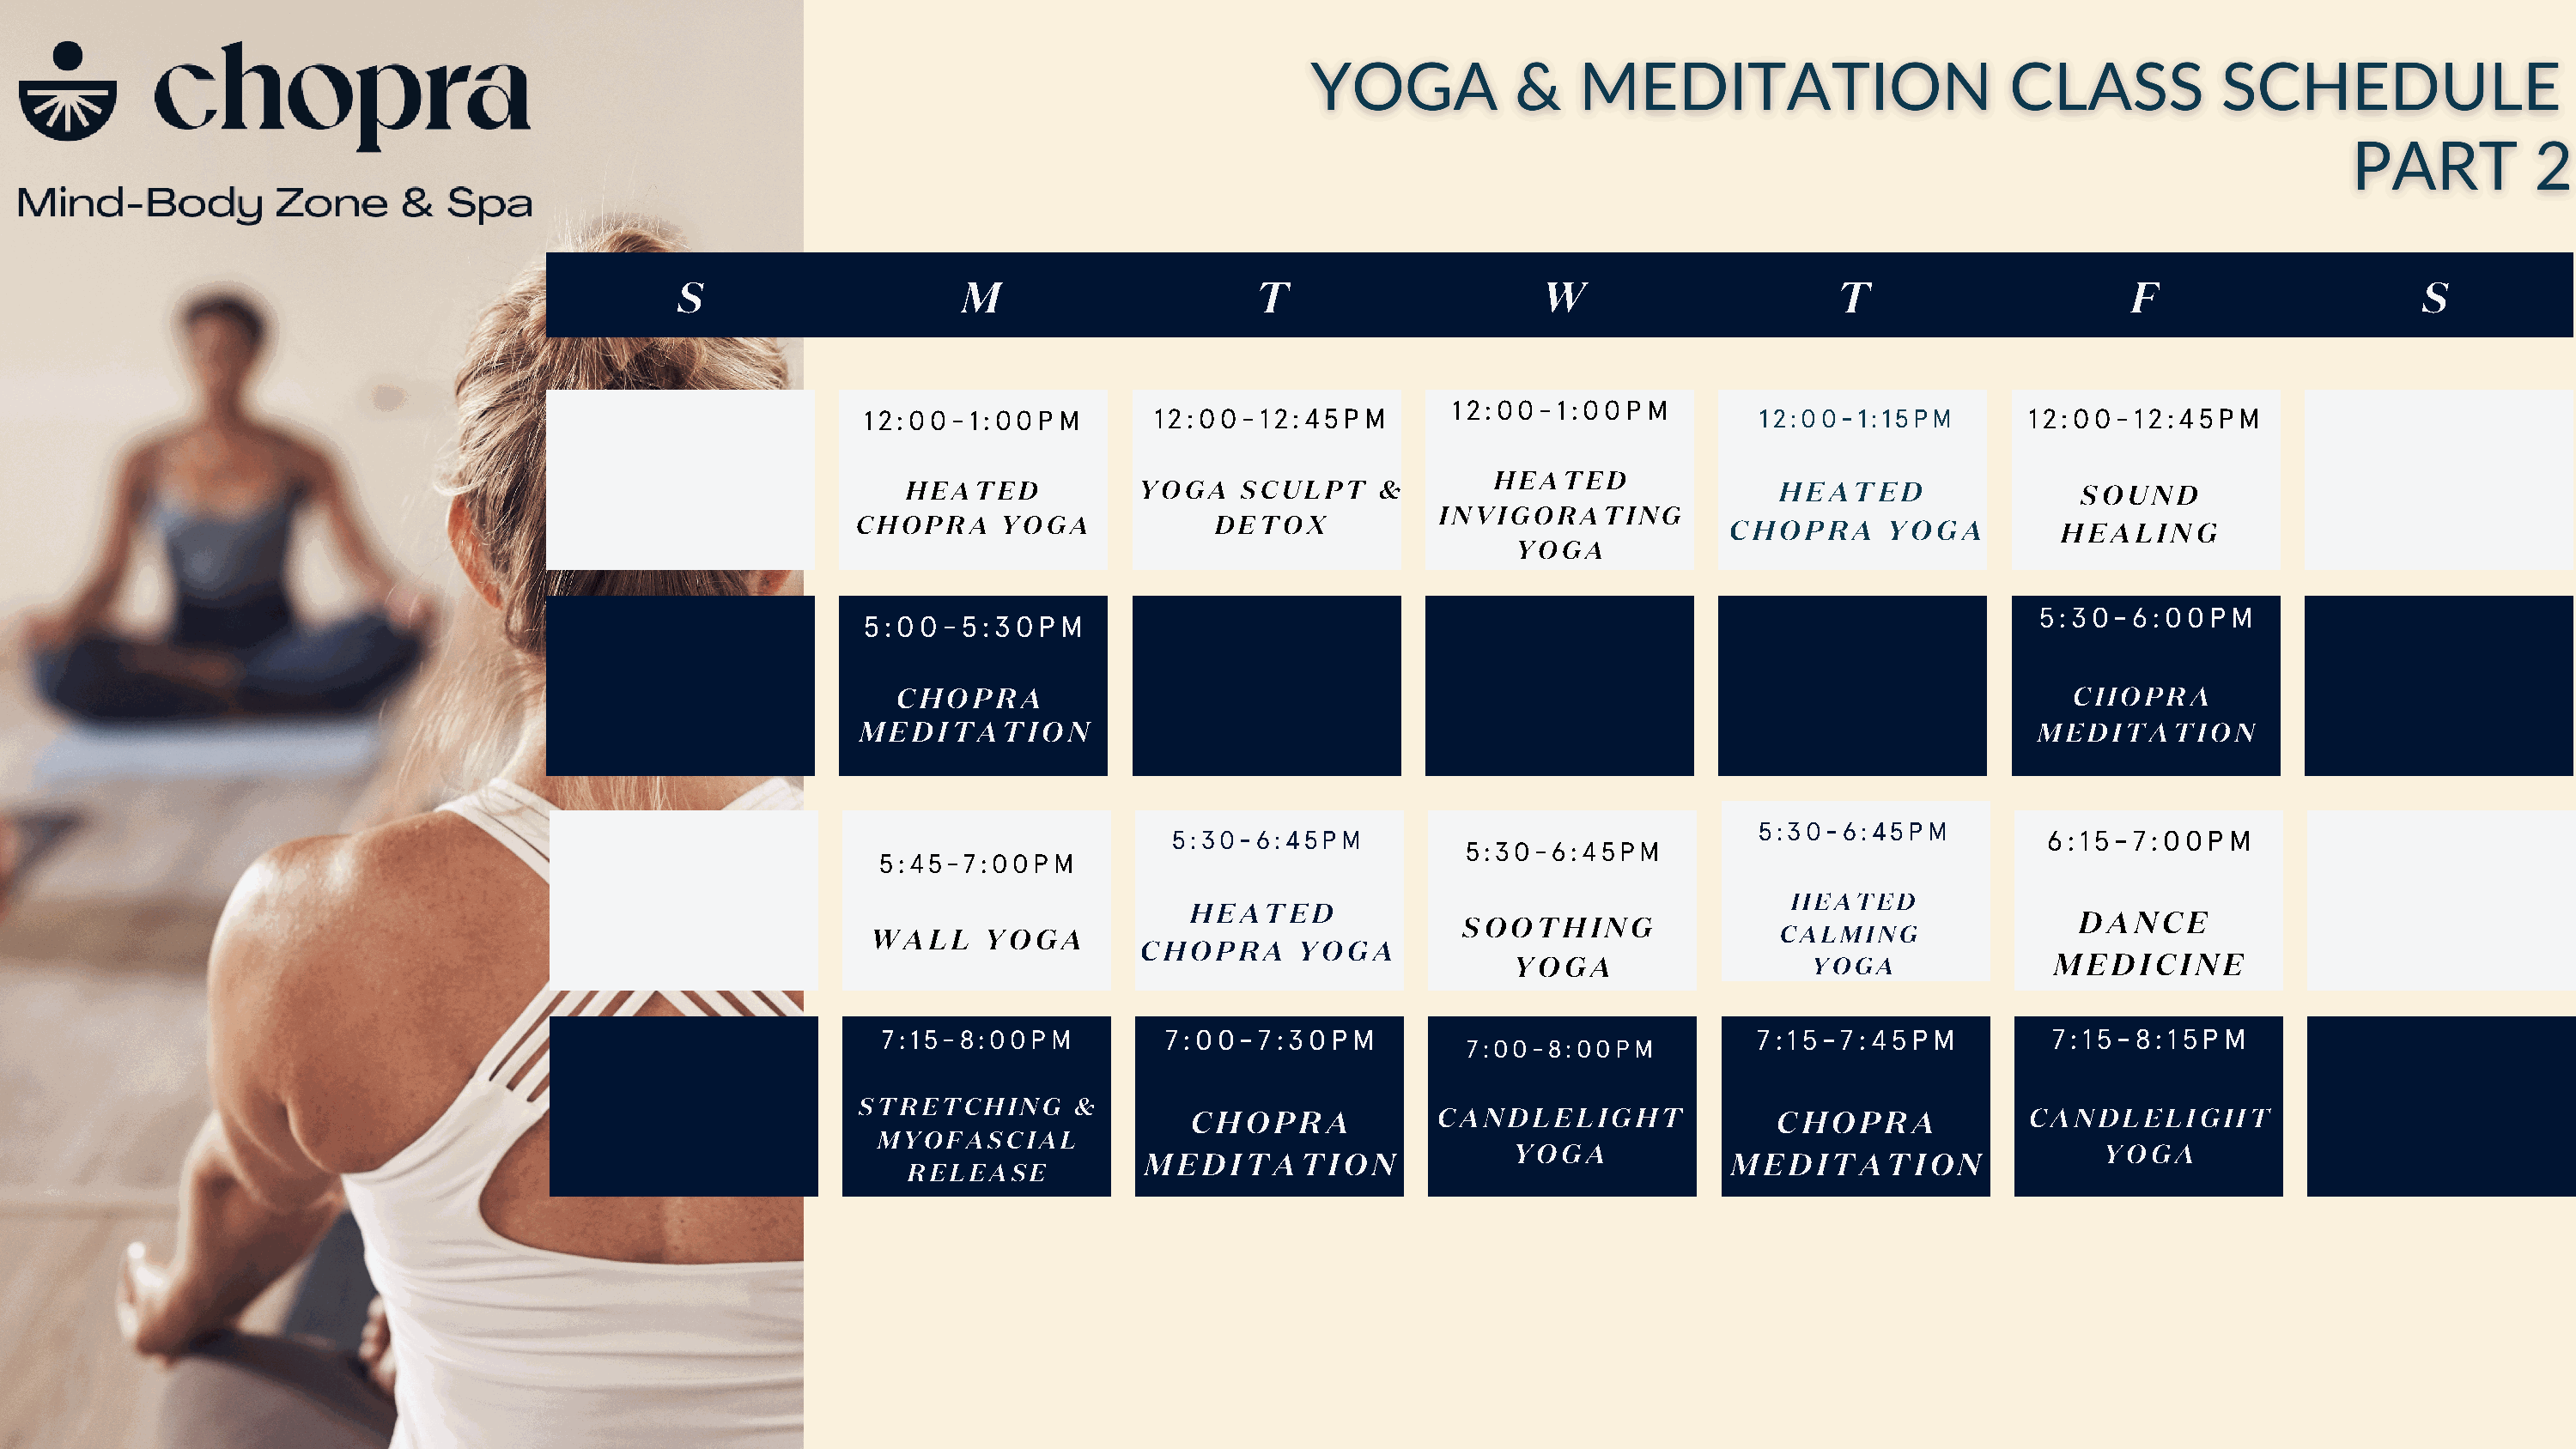
S                     M                      T                     W                      T                     F                      S
 12:00-1:00PM
 12:00-1:00PM          12:00-12:45PM                                  12:00-1:15PM        12:00-12:45PM
 HEATED
 HEATED            YOGA    SCULPT    &                              HEATED                 SOUND
 INVIGORATING
 CHOPRA     YOGA             DETOX                                  CHOPRA       YOGA         HEALING
 YOGA
 5:30-6:00PM
 5:00-5:30PM
 CHOPRA                                                                                     CHOPRA
 MEDITATION                                                                                 MEDITATION
 5:30-6:45PM
 5:30-6:45PM                                                         6:15-7:00PM
 5:30-6:45PM
 5:45-7:00PM
 HEATED
 HEATED
 D A  N C E
 SOOTHING
 WALL     YOGA                                                         CALMING
 CHOPRA      YOGA
 YOGA                   YOGA              M  E D I C I N E
 7:15-8:00PM           7:00-7:30PM                                  7:15-7:45PM            7:15-8:15PM
 7:00-8:00PM
 STRETCHING       &
 C H O P R A        CANDLELIGHT               C H O P R A        CANDLELIGHT
 MYOFASCIAL
 YOGA                                         YOGA
 M  E D I T A T I O N                         M  E D I T A T I O N
 RELEASE